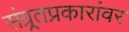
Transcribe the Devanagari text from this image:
संग्र्र्तप्रकारांवर